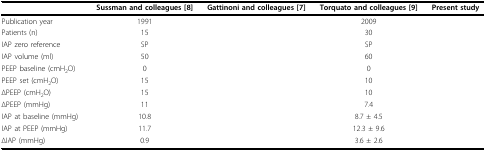
<table><thead><tr><td>[EMPTY_CELL]</td><td><b>Sussman and colleagues [8]</b></td><td><b>Gattinoni and colleagues [7]</b></td><td><b>Torquato and colleagues [9]</b></td><td><b>Present study</b></td></tr></thead><tbody><tr><td>Publication year</td><td>1991</td><td>[EMPTY_CELL]</td><td>2009</td><td>[EMPTY_CELL]</td></tr><tr><td>Patients (n)</td><td>15</td><td>[EMPTY_CELL]</td><td>30</td><td>[EMPTY_CELL]</td></tr><tr><td>IAP zero reference</td><td>SP</td><td>[EMPTY_CELL]</td><td>SP</td><td>[EMPTY_CELL]</td></tr><tr><td>IAP volume (ml)</td><td>50</td><td>[EMPTY_CELL]</td><td>60</td><td>[EMPTY_CELL]</td></tr><tr><td>PEEP baseline (cmH<sub>2</sub>O)</td><td>0</td><td>[EMPTY_CELL]</td><td>0</td><td>[EMPTY_CELL]</td></tr><tr><td>PEEP set (cmH<sub>2</sub>O)</td><td>15</td><td>[EMPTY_CELL]</td><td>10</td><td>[EMPTY_CELL]</td></tr><tr><td>ΔPEEP (cmH<sub>2</sub>O)</td><td>15</td><td>[EMPTY_CELL]</td><td>10</td><td>[EMPTY_CELL]</td></tr><tr><td>ΔPEEP (mmHg)</td><td>11</td><td>[EMPTY_CELL]</td><td>7.4</td><td>[EMPTY_CELL]</td></tr><tr><td>IAP at baseline (mmHg)</td><td>10.8</td><td>[EMPTY_CELL]</td><td>8.7 ± 4.5</td><td>[EMPTY_CELL]</td></tr><tr><td>IAP at PEEP (mmHg)</td><td>11.7</td><td>[EMPTY_CELL]</td><td>12.3 ± 9.6</td><td>[EMPTY_CELL]</td></tr><tr><td>ΔIAP (mmHg)</td><td>0.9</td><td>[EMPTY_CELL]</td><td>3.6 ± 2.6</td><td>[EMPTY_CELL]</td></tr></tbody></table>